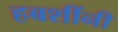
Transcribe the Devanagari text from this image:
हबशींनी